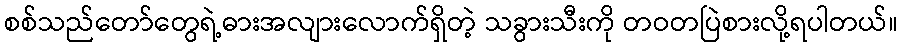
စစ်သည်တော်တွေရဲ့ဓားအလျားလောက်ရှိတဲ့ သခွားသီးကို တဝတပြဲစားလို့ရပါတယ်။